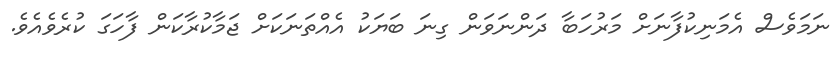
ނަމަވެސް އެމަނިކުފާނަށް މަރުހަބާ ދަންނަވަން ގިނަ ބަޔަކު އެއްތަނަކަށް ޖަމާކުރާކަން ފާހަގަ ކުރެވެއެވެ.